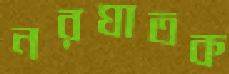
নরঘাতক